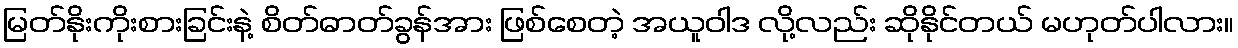
မြတ်နိုးကိုးစားခြင်းနဲ့ စိတ်ဓာတ်ခွန်အား ဖြစ်စေတဲ့ အယူဝါဒ လို့လည်း ဆိုနိုင်တယ် မဟုတ်ပါလား။